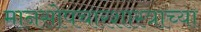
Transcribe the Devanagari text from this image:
मानसोपचारशास्त्राच्या